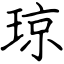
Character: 琼